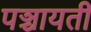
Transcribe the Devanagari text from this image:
पञ्चायती